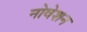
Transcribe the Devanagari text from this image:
नोवेशन